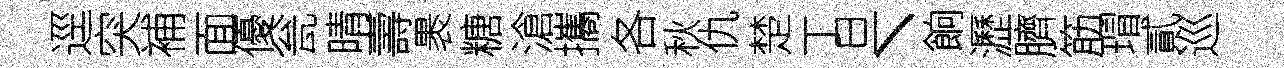
逕突補面優瓮晴壽褁糖滄攜各秋仇楚丁旦丶餉瀝臍筋瑁貳巡